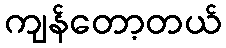
ကျန်တော့တယ်